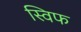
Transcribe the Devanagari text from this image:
स्विफ